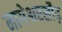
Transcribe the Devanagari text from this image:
नागेश्वरसौड़